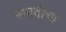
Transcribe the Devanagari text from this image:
सनदीचा